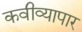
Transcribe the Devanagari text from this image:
कवीव्यापार